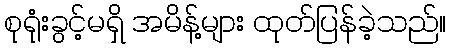
စုရုံးခွင့်မရှိ အမိန့်များ ထုတ်ပြန်ခဲ့သည်။